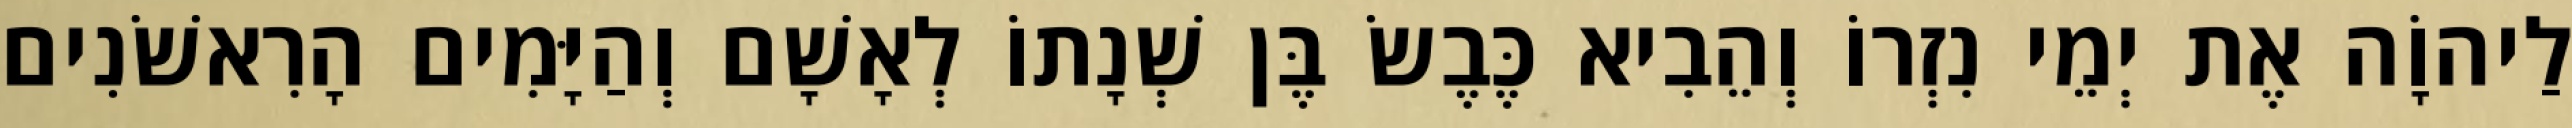
לַיהוָֹה אֶת יְמֵי נִזְרוֹ וְהֵבִיא כֶּבֶשׂ בֶּן שְׁנָתוֹ לְאָשָׁם וְהַיָּמִים הָרִאשֹׁנִים